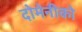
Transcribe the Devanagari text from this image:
दोमेनीको